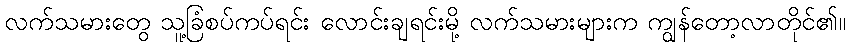
လက်သမားတွေ သူ့ခြံစပ်ကပ်ရင်း လောင်းချရင်းမို့ လက်သမားများက ကျွန်တော့လာတိုင်၏။